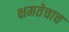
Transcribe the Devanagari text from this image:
क्षमतेचाच